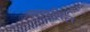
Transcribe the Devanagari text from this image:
लावलेत